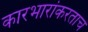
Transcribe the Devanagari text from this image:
कारभारांकरताच